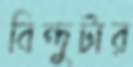
বিন্দুটার